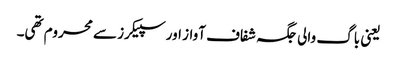
یعنی باگ والی جگہ شفاف آواز اور سپیکرز سے محروم تھی۔